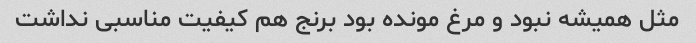
مثل همیشه نبود و مرغ مونده بود برنج هم کیفیت مناسبی نداشت